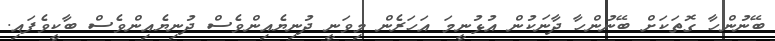
ބޭނުންހާ ގޮތަކަށް ބޭނުންހާ ދާނަކުން އުޅުނީމަ އަހަރެން މިވަނީ ދުނިޔެއިންވެސް ދުނިޔެއިންވެސް ބާކީވެފައި.